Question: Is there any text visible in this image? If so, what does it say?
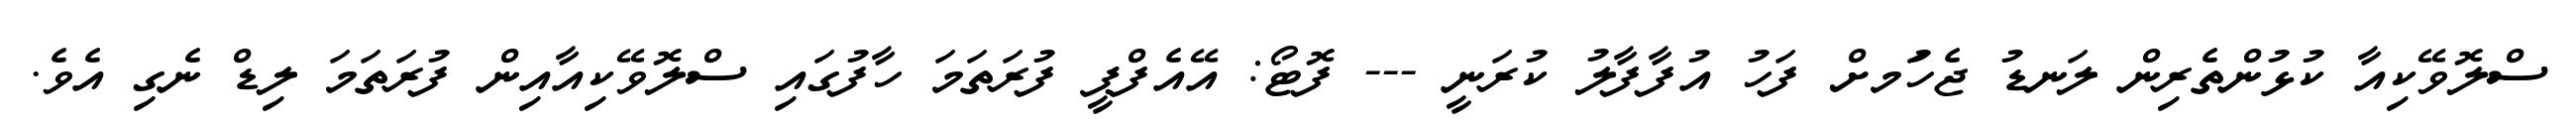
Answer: ސްލޮވޭކިއާ ކުޅުންތެރިން ލަނޑު ޖެހުަމށް ފަހު އުފާފާލު ކުރަނީ --- ފޮޓޯ: އޭއެފްޕީ ފުރަތަމަ ހާފުގައި ސްލޮވޭކިއާއިން ފުރަތަމަ ލިޑް ނެގި އެވެ.